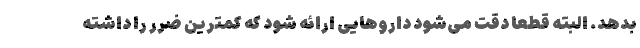
بدهد. البته قطعاً دقت می‌شود داروهایی ارائه شود که کمترین ضرر را داشته